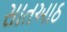
સાતઆઠ